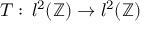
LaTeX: T : \, l ^ { 2 } ( \mathbb { Z } ) \to l ^ { 2 } ( \mathbb { Z } )